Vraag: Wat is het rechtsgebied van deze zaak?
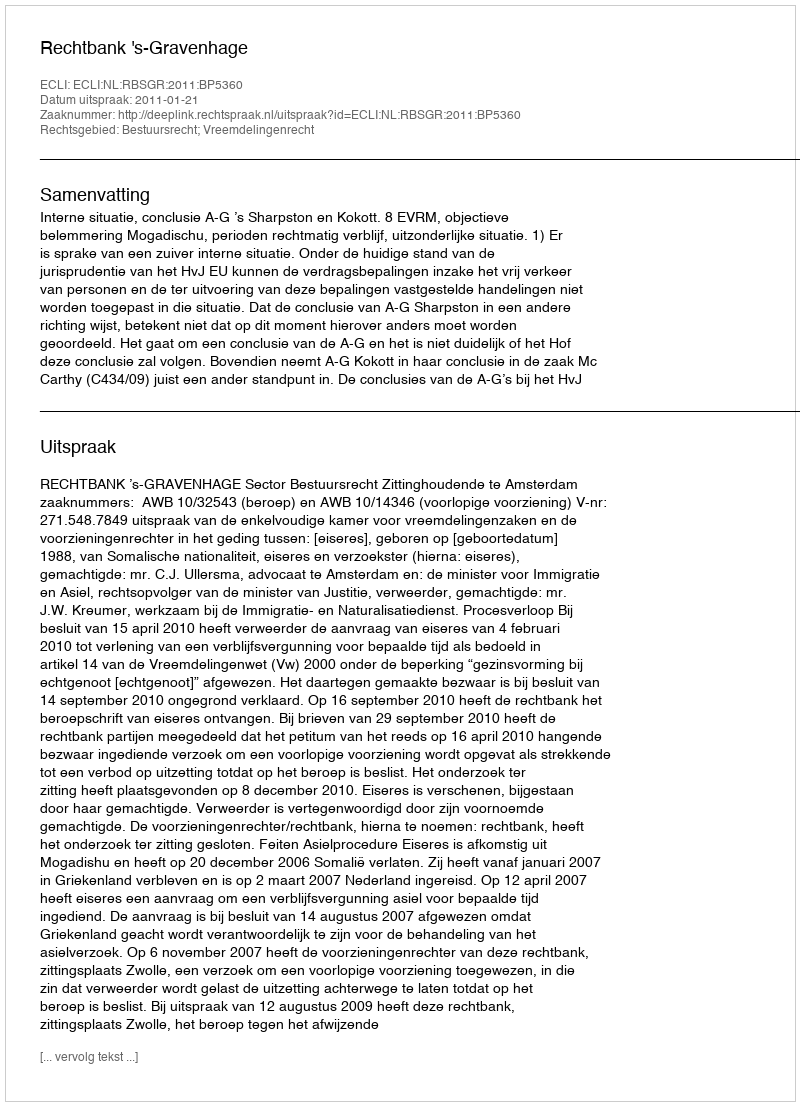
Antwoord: Bestuursrecht; Vreemdelingenrecht